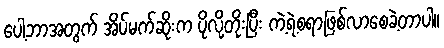
ပေါ့ဘာအတွက် အိပ်မက်ဆိုးက ပိုလို့တိုးပြီး ကဲ့ရဲ့စရာဖြစ်လာစေခဲ့တာပါ။